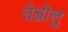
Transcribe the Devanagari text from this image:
चेब्रोलु